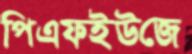
পিএফইউজে